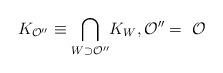
LaTeX: \begin{align*}K_{\mathcal{O}^{\prime\prime}}\equiv {\displaystyle\bigcap\limits_{W\supset\mathcal{O}^{\prime\prime}}}K_{W}, \mathcal{O}^{\prime\prime}=~\mathcal{O}\end{align*}